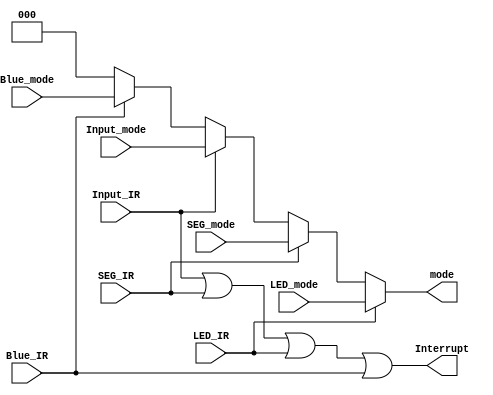
`timescale 1ns / 1ps
//////////////////////////////////////////////////////////////////////////////////
// Company: 
// Engineer: 
// 
// Design Name: 
// Module Name: IRQ_Handler
// Project Name: 
// Target Devices: 
// Tool Versions: 
// Description: 
// 
// Dependencies: 
// 
// Revision:
// Revision 0.01 - File Created
// Additional Comments:
// 
//////////////////////////////////////////////////////////////////////////////////


module IRQ_Handler(
    input Input_IR,SEG_IR,LED_IR,Blue_IR,
    input [2:0]Input_mode,SEG_mode,LED_mode,Blue_mode,
    output Interrupt,
    output reg [2:0]mode
    );
    assign Interrupt=Input_IR | SEG_IR | LED_IR | Blue_IR;
    always @(*)
    begin
        if (LED_IR)
        begin
            mode=LED_mode;
        end
        else if (SEG_IR)
        begin
            mode=SEG_mode;
        end
        else if (Input_IR)
        begin
            mode=Input_mode;
        end
        else if (Blue_IR)
        begin
            mode=Blue_mode;
        end
        else
            mode=3'b000;
    end
endmodule